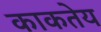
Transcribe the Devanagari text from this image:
काकतेय